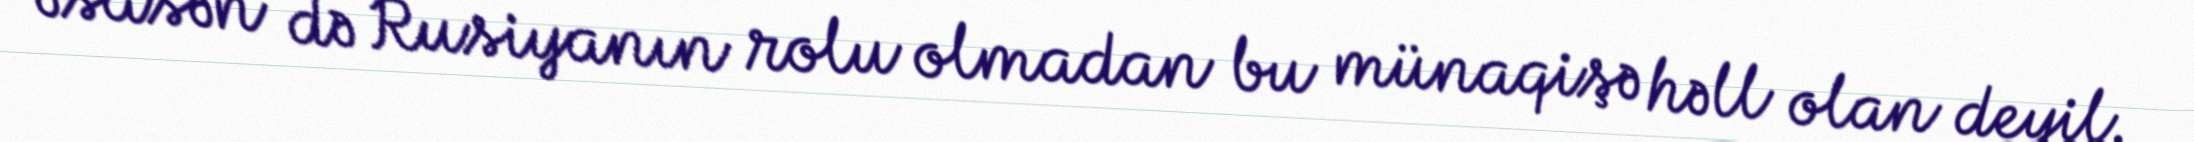
əsasən də Rusiyanın rolu olmadan bu münaqişə həll olan deyil.